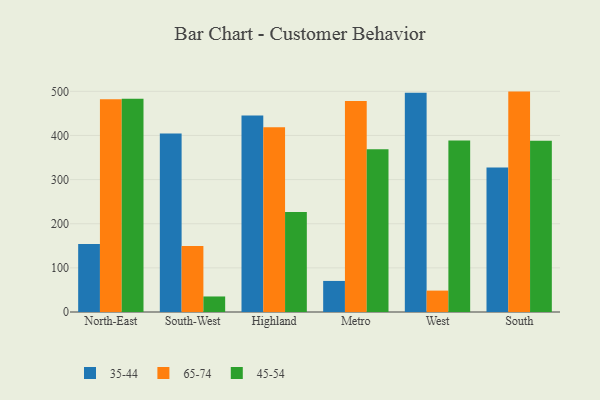
{"axis": {"x": "Region", "y": "Demand Index"}, "legend": ["35-44", "45-54", "65-74"], "data": [{"x": "North-East", "y": 154.3, "type": "35-44"}, {"x": "North-East", "y": 482.0, "type": "65-74"}, {"x": "North-East", "y": 483.2, "type": "45-54"}, {"x": "South-West", "y": 404.7, "type": "35-44"}, {"x": "South-West", "y": 149.5, "type": "65-74"}, {"x": "South-West", "y": 35.2, "type": "45-54"}, {"x": "Highland", "y": 445.2, "type": "35-44"}, {"x": "Highland", "y": 418.7, "type": "65-74"}, {"x": "Highland", "y": 226.5, "type": "45-54"}, {"x": "Metro", "y": 70.4, "type": "35-44"}, {"x": "Metro", "y": 478.3, "type": "65-74"}, {"x": "Metro", "y": 368.5, "type": "45-54"}, {"x": "West", "y": 497.0, "type": "35-44"}, {"x": "West", "y": 48.5, "type": "65-74"}, {"x": "West", "y": 388.6, "type": "45-54"}, {"x": "South", "y": 327.5, "type": "35-44"}, {"x": "South", "y": 499.4, "type": "65-74"}, {"x": "South", "y": 388.2, "type": "45-54"}]}